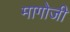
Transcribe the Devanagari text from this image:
मागोजी